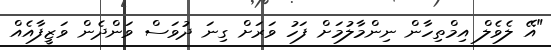
"އޭ ލެވެލް އިމްތިހާން ނިންމާލުމަށް ފަހު ވަރަށް ގިނަ ދުވަސް ވަންދެން ވަޒީފާއެއް